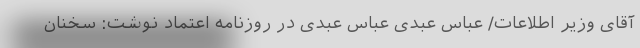
آقای وزیر اطلاعات/ عباس عبدی عباس عبدی در روزنامه اعتماد نوشت: سخنان